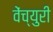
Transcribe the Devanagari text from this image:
वेंच्युरी